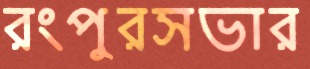
রংপুরসভার